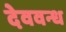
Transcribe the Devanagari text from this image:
देववन्ध